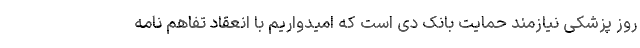
روز پزشکی نیازمند حمایت بانک دی است که امیدواریم با انعقاد تفاهم نامه